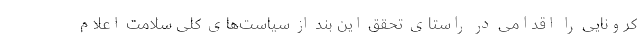
کرونایی را اقدامی در راستای تحقق این بند از سیاست‌های کلی سلامت اعلام